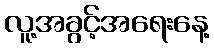
လူ့အခွင့်အရေးနေ့